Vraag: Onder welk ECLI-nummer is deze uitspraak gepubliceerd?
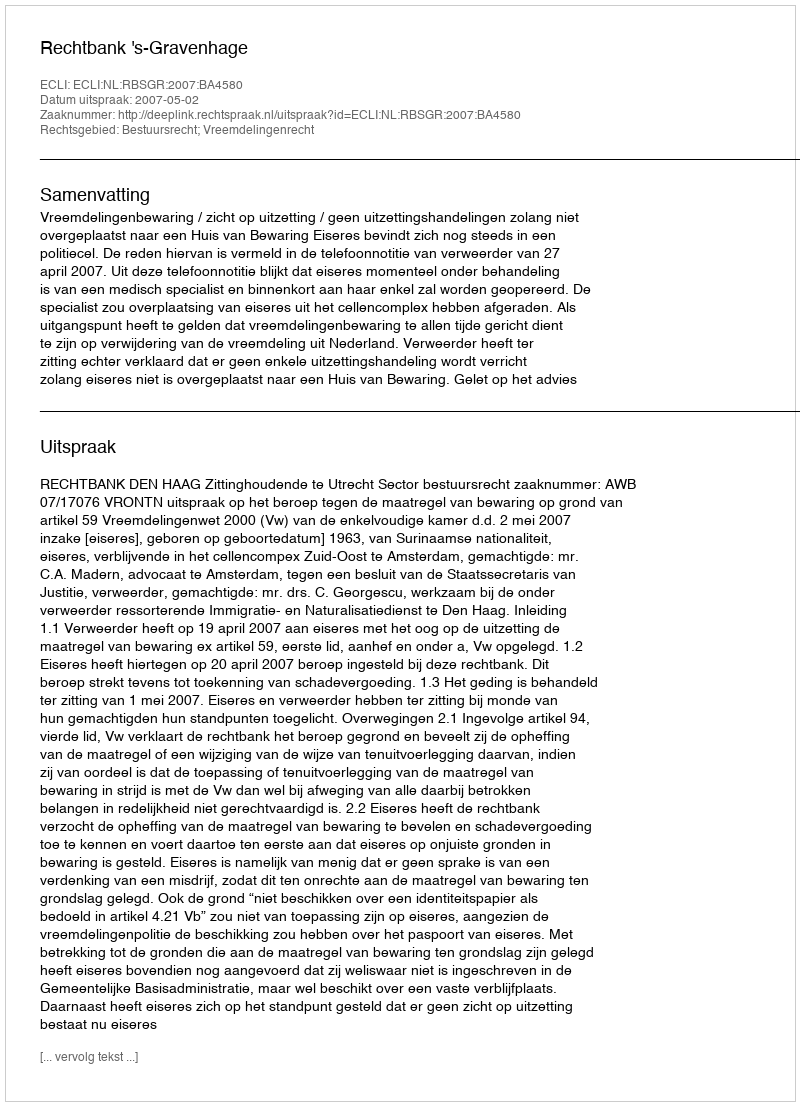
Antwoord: ECLI:NL:RBSGR:2007:BA4580